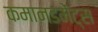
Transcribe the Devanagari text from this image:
कमानडमेंट्स